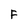
Character: F